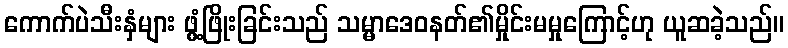
ကောက်ပဲသီးနှံများ ဖွံ့ဖြိုးခြင်းသည် သမ္မာဒေဝနတ်၏မှိုင်းမမှုကြောင့်ဟု ယူဆခဲ့သည်။